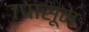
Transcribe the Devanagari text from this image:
७पासून